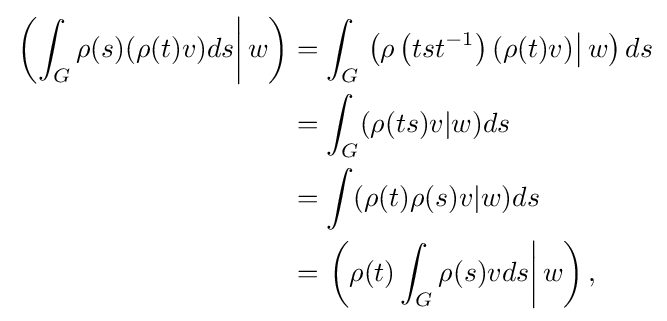
{\begin{aligned}\left.\left(\int _{G}\rho (s)(\rho (t)v)ds\right|w\right)&=\int _{G}\left.\left(\rho \left(tst^{-1}\right)(\rho (t)v)\right|w\right)ds\\&=\int _{G}(\rho (ts)v|w)ds\\&=\int (\rho (t)\rho (s)v|w)ds\\&=\left.\left(\rho (t)\int _{G}\rho (s)vds\right|w\right),\end{aligned}}